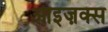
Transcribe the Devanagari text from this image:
आइज़क्स